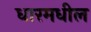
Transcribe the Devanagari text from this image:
धारमधील